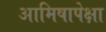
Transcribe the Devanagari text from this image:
आमिषापेक्षा